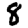
Digit: 8